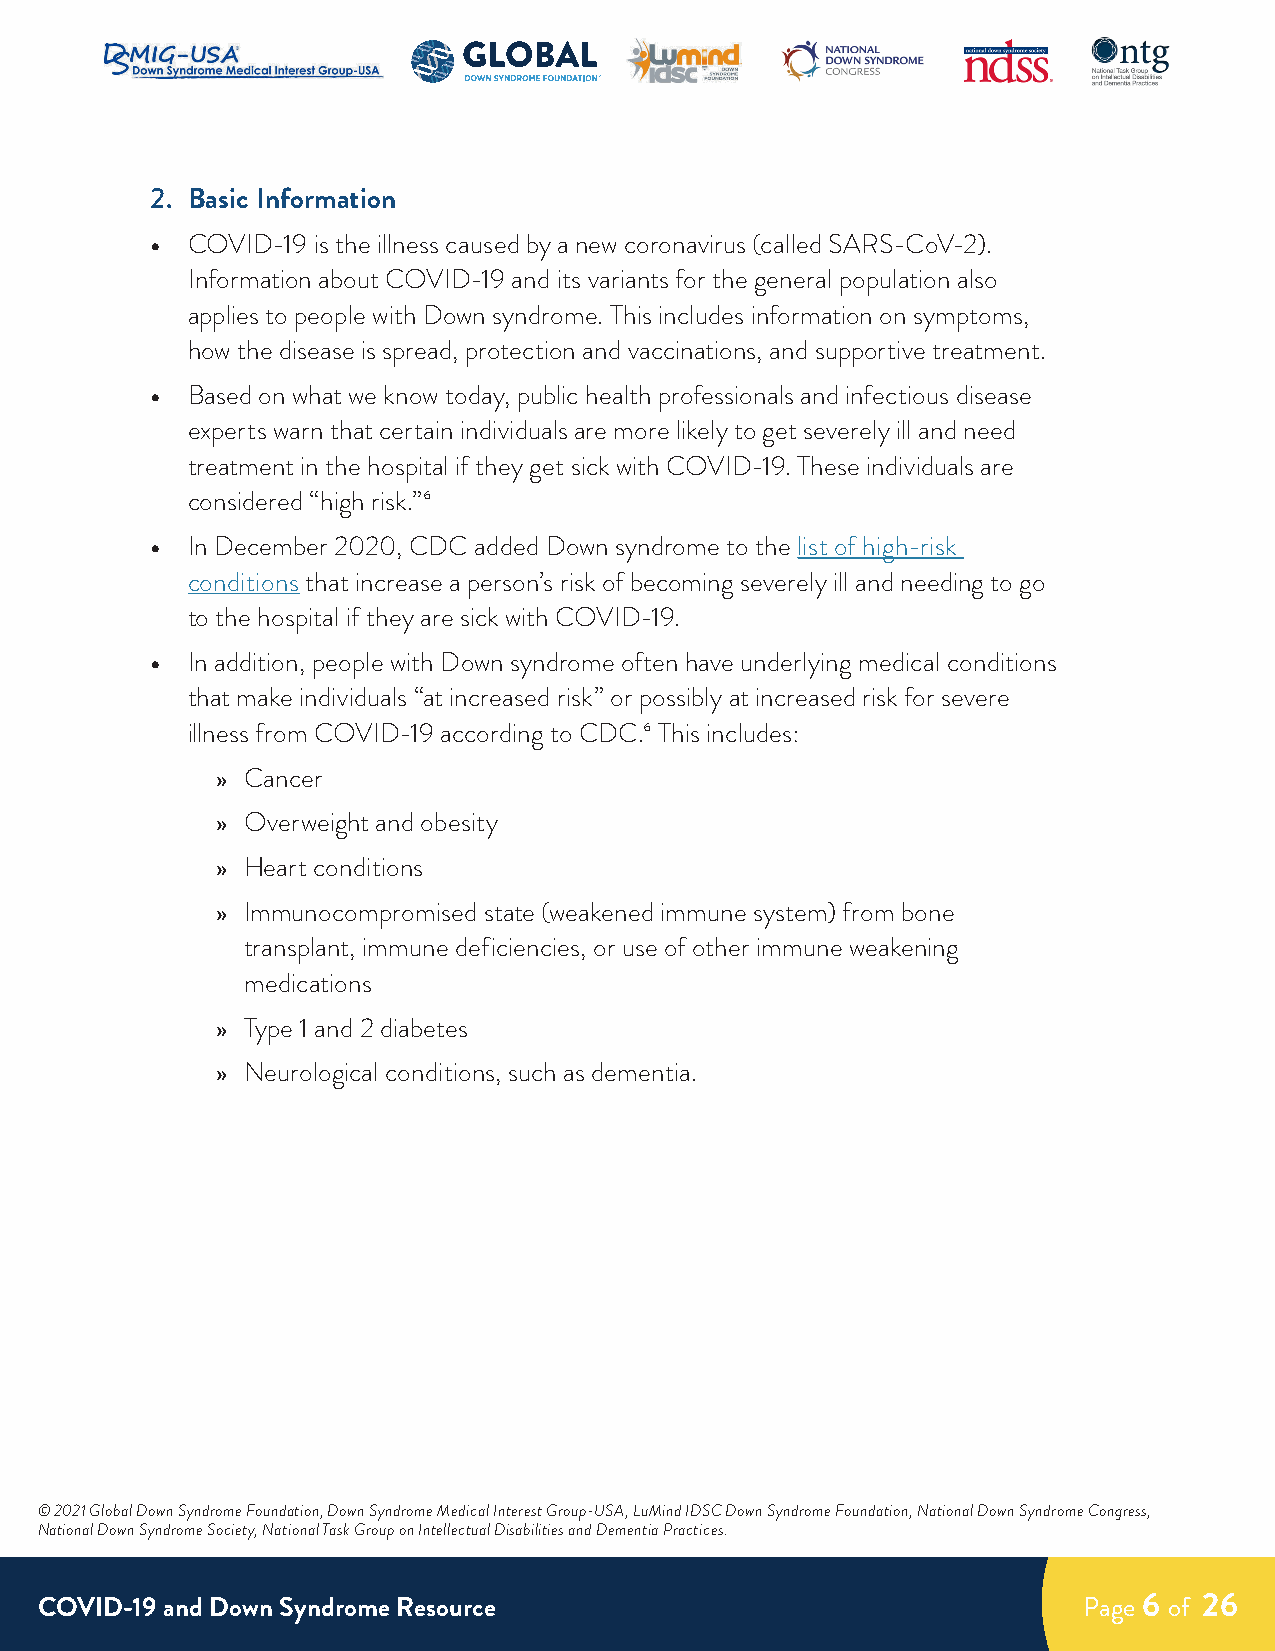
2. Basic Information
 • COVID-19 is the illness caused by a new coronavirus (called SARS-CoV-2).
 Information about COVID-19 and its variants for the general population also
 applies to people with Down syndrome. This includes information on symptoms,
 how the disease is spread, protection and vaccinations, and supportive treatment.
 • Based on what we know today, public health professionals and infectious disease
 experts warn that certain individuals are more likely to get severely ill and need
 treatment in the hospital if they get sick with COVID-19. These individuals are
 considered “high risk.”6
 • In December 2020, CDC added Down syndrome to the list of high-risk
 conditions that increase a person’s risk of becoming severely ill and needing to go
 to the hospital if they are sick with COVID-19.
 • In addition, people with Down syndrome often have underlying medical conditions
 that make individuals “at increased risk” or possibly at increased risk for severe
 illness from COVID-19 according to CDC.6 This includes:
 » Cancer
 » Overweight and obesity
 » Heart conditions
 » Immunocompromised state (weakened immune system) from bone
 transplant, immune deficiencies, or use of other immune weakening
 medications
 » Type 1 and 2 diabetes
 » Neurological conditions, such as dementia.
 © 2021 Global Down Syndrome Foundation, Down Syndrome Medical Interest Group-USA, LuMind IDSC Down Syndrome Foundation, National Down Syndrome Congress,
 National Down Syndrome Society, National Task Group on Intellectual Disabilities and Dementia Practices.
 COVID-19 and Down Syndrome Resource                                   Page 6 of 26